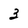
Character: 3